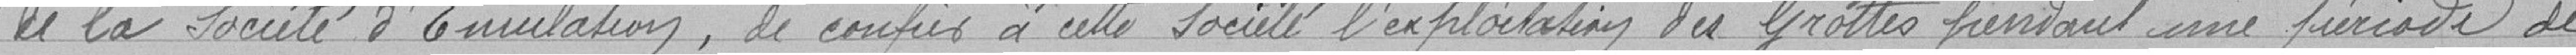
de la Société d'Emulation, de confier à cette société l'exploitation des Grottes pendant une période de